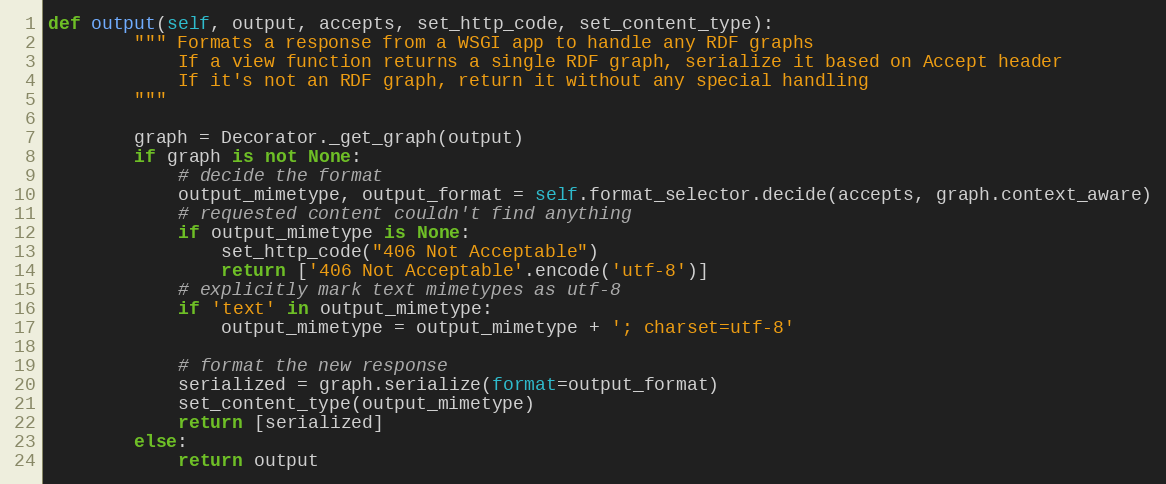
Language: Python
def output(self, output, accepts, set_http_code, set_content_type):
		""" Formats a response from a WSGI app to handle any RDF graphs
		    If a view function returns a single RDF graph, serialize it based on Accept header
		    If it's not an RDF graph, return it without any special handling
		"""

		graph = Decorator._get_graph(output)
		if graph is not None:
			# decide the format
			output_mimetype, output_format = self.format_selector.decide(accepts, graph.context_aware)
			# requested content couldn't find anything
			if output_mimetype is None:
				set_http_code("406 Not Acceptable")
				return ['406 Not Acceptable'.encode('utf-8')]
			# explicitly mark text mimetypes as utf-8
			if 'text' in output_mimetype:
				output_mimetype = output_mimetype + '; charset=utf-8'

			# format the new response
			serialized = graph.serialize(format=output_format)
			set_content_type(output_mimetype)
			return [serialized]
		else:
			return output